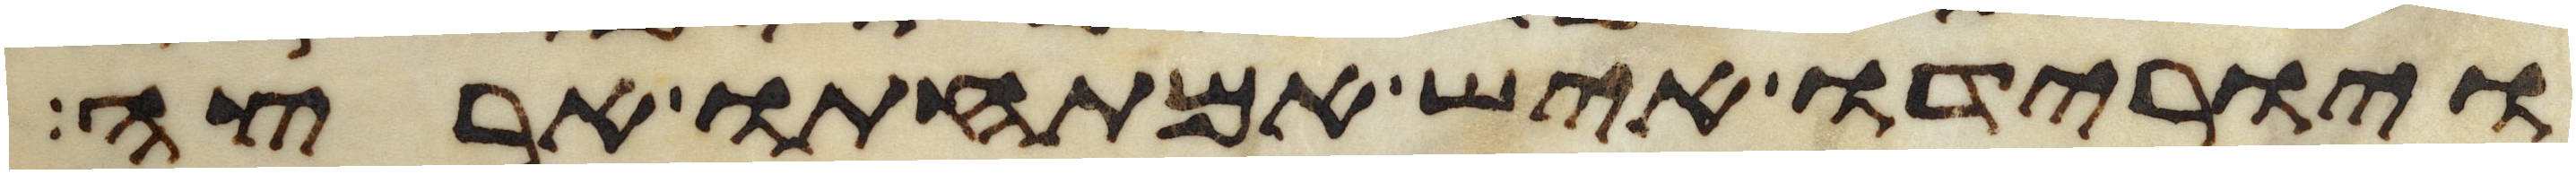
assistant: ויורידו איש אמתחתו ארצה